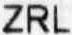
ZRL